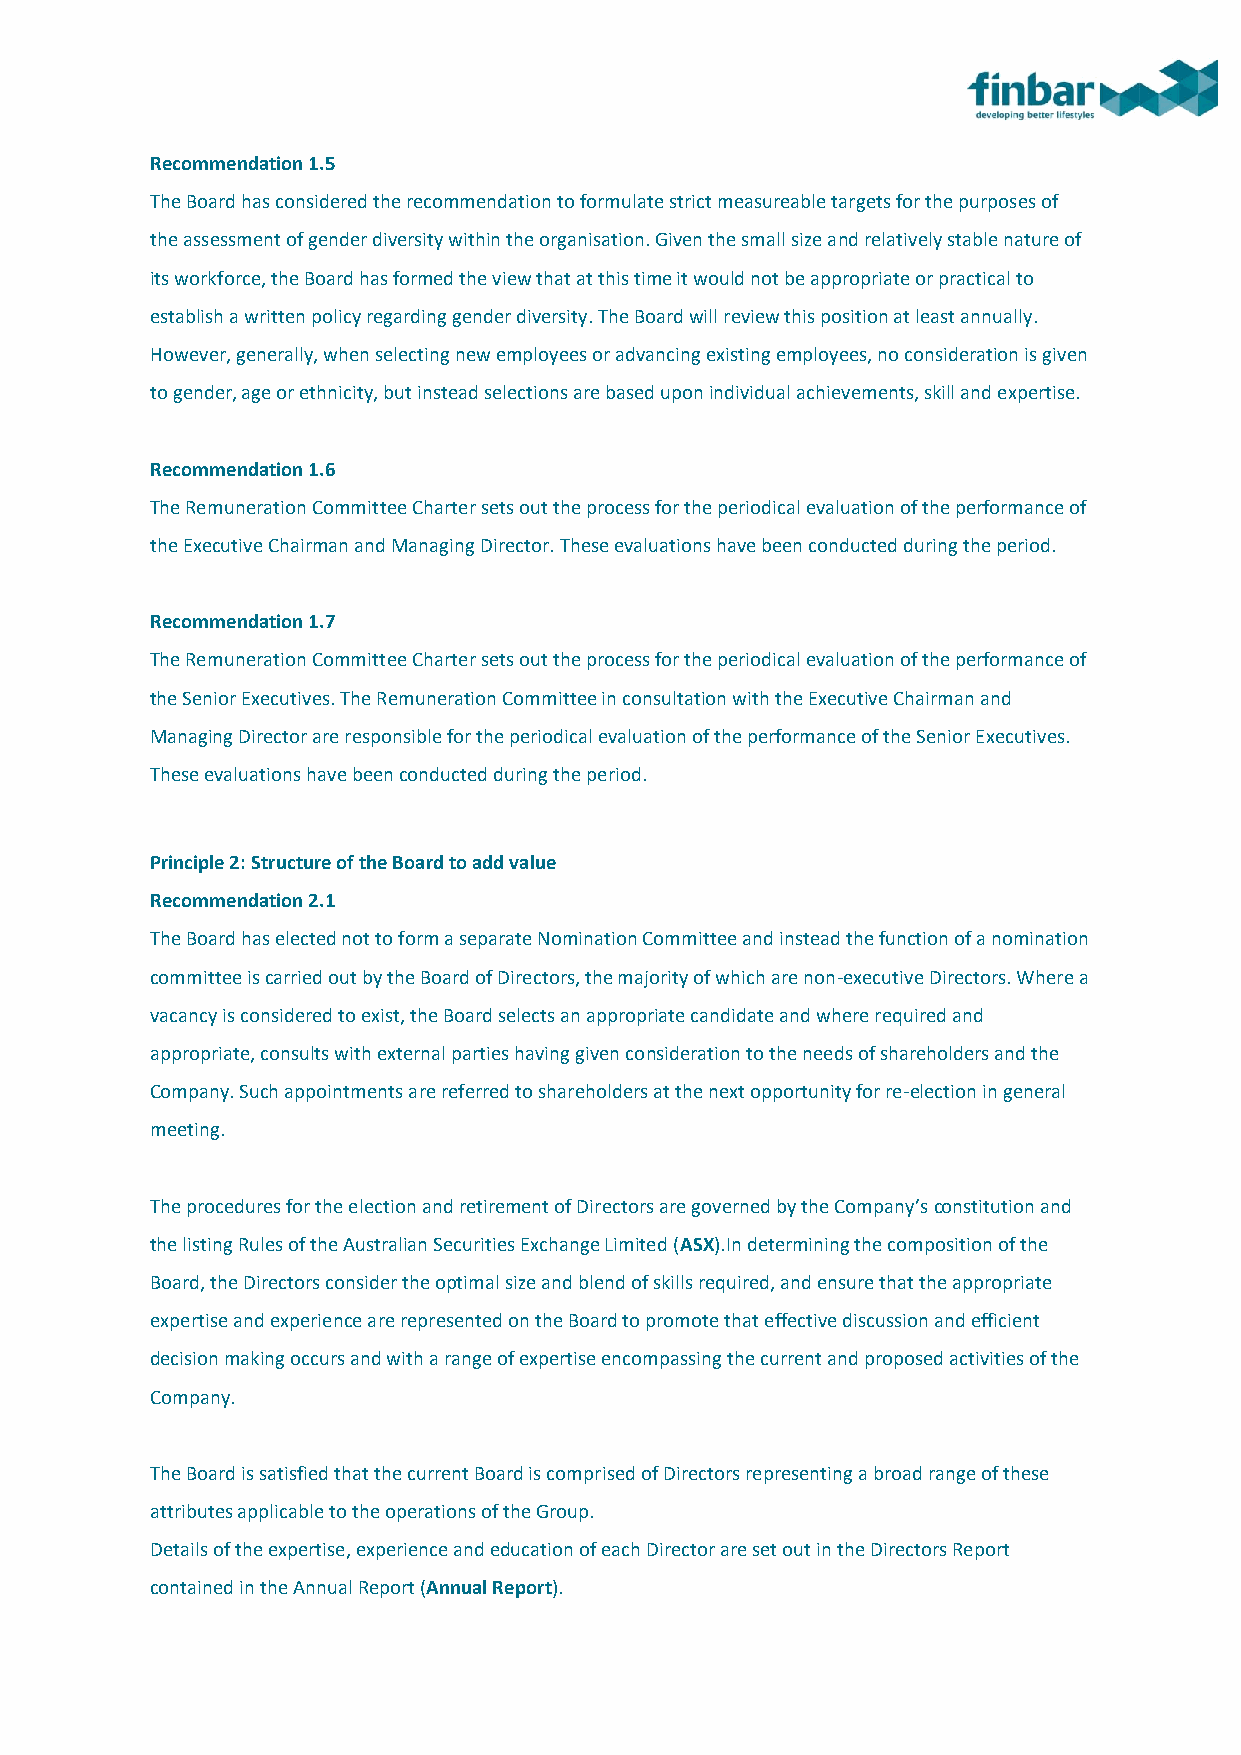
Recommendation 1.5
 The Board has considered the recommendation to formulate strict measureable targets for the purposes of
 the assessment of gender diversity within the organisation. Given the small size and relatively stable nature of
 its workforce, the Board has formed the view that at this time it would not be appropriate or practical to
 establish a written policy regarding gender diversity. The Board will review this position at least annually.
 However, generally, when selecting new employees or advancing existing employees, no consideration is given
 to gender, age or ethnicity, but instead selections are based upon individual achievements, skill and expertise.
 Recommendation 1.6
 The Remuneration Committee Charter sets out the process for the periodical evaluation of the performance of
 the Executive Chairman and Managing Director. These evaluations have been conducted during the period.
 Recommendation 1.7
 The Remuneration Committee Charter sets out the process for the periodical evaluation of the performance of
 the Senior Executives. The Remuneration Committee in consultation with the Executive Chairman and
 Managing Director are responsible for the periodical evaluation of the performance of the Senior Executives.
 These evaluations have been conducted during the period.
 Principle 2: Structure of the Board to add value
 Recommendation 2.1
 The Board has elected not to form a separate Nomination Committee and instead the function of a nomination
 committee is carried out by the Board of Directors, the majority of which are non-executive Directors. Where a
 vacancy is considered to exist, the Board selects an appropriate candidate and where required and
 appropriate, consults with external parties having given consideration to the needs of shareholders and the
 Company. Such appointments are referred to shareholders at the next opportunity for re-election in general
 meeting.
 The procedures for the election and retirement of Directors are governed by the Company’s constitution and
 the listing Rules of the Australian Securities Exchange Limited (ASX).In determining the composition of the
 Board, the Directors consider the optimal size and blend of skills required, and ensure that the appropriate
 expertise and experience are represented on the Board to promote that effective discussion and efficient
 decision making occurs and with a range of expertise encompassing the current and proposed activities of the
 Company.
 The Board is satisfied that the current Board is comprised of Directors representing a broad range of these
 attributes applicable to the operations of the Group.
 Details of the expertise, experience and education of each Director are set out in the Directors Report
 contained in the Annual Report (Annual Report).